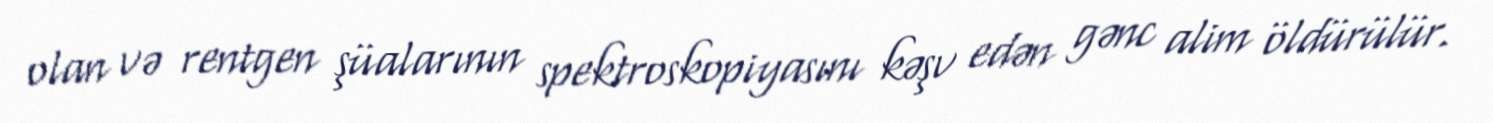
olan və rentgen şüalarının spektroskopiyasını kəşv edən gənc alim öldürülür.